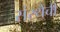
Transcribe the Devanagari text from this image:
संस्‍थेची